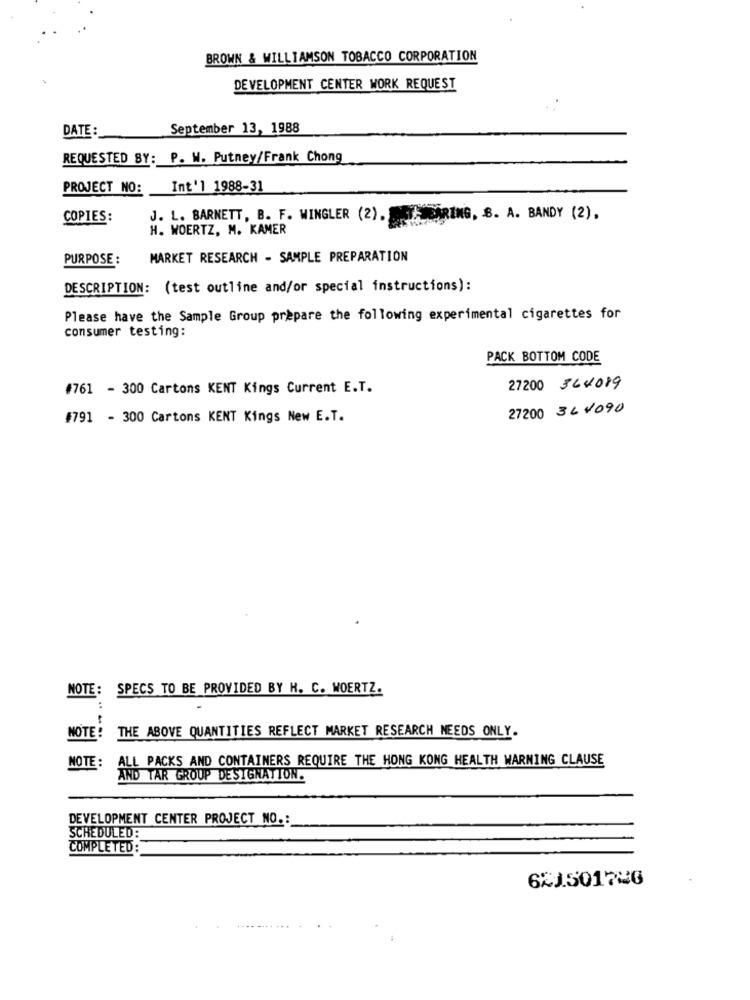
BROWN & WILLIAMSON TOBACCO CORPORATION
DEVELOPMENT CENTER WORK REQUEST
DATE:
September 13, 1988
REQUESTED BY: P. W. Putney/Frank Chong
PROJECT NO:
Int'l 1988-31
COPIES:
J. L. BARNETT, B. F. WINGLER (2). ARING, B. A. BANDY (2) .
H. WOERTZ, M. KAMER
PURPOSE :
MARKET RESEARCH - SAMPLE PREPARATION
DESCRIPTION: (test outline and/or special instructions):
Please have the Sample Group prepare the following experimental cigarettes for
consumer testing:
PACK BOTTOM CODE
#761 - 300 Cartons KENT Kings Current E.T.
27200 364019
27200 361090
#791 - 300 Cartons KENT Kings New E.T.
NOTE: SPECS TO BE PROVIDED BY H. C. WOERTZ.
NOTE!
THE ABOVE QUANTITIES REFLECT MARKET RESEARCH NEEDS ONLY.
NOTE :
ALL PACKS AND CONTAINERS REQUIRE THE HONG KONG HEALTH WARNING CLAUSE
AND TAR GROUP DESIGNATION.
DEVELOPMENT CENTER PROJECT NO .:
SCHEDULED:
COMPLETED:
621.50174G